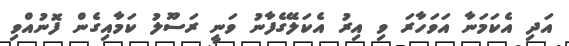
އަދި އެކަމަނާ އަވަހާރަ ވި އިރު އެކަލޭގެފާނު ވަނީ ރަސޫލު ކަމާއިގެން ފޮނުއްވި